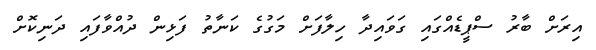
އިރަށް ބާރު ސްޕީޑެއްގައި ގަވައިދާ ހިލާފަށް މަގުގެ ކަނާތު ފަޅިން ދުއްވާފައި ދަނިކޮށް